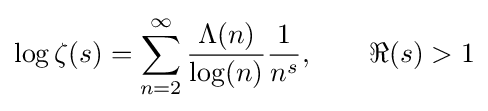
\log \zeta (s)=\sum _{n=2}^{\infty }{\frac {\Lambda (n)}{\log(n)}}{\frac {1}{n^{s}}},\qquad \Re (s)>1